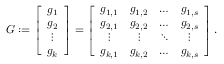
G : = \left[ \begin{array} { c } { g _ { 1 } } \\ { g _ { 2 } } \\ { \vdots } \\ { g _ { k } } \end{array} \right] = \left[ \begin{array} { c c c c } { g _ { 1 , 1 } } & { g _ { 1 , 2 } } & { \ldots } & { g _ { 1 , s } } \\ { g _ { 2 , 1 } } & { g _ { 2 , 2 } } & { \ldots } & { g _ { 2 , s } } \\ { \vdots } & { \vdots } & { \ddots } & { \vdots } \\ { g _ { k , 1 } } & { g _ { k , 2 } } & { \ldots } & { g _ { k , s } } \end{array} \right] .